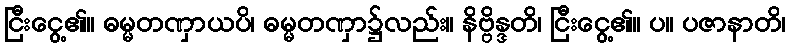
ငြီးငွေ့၏။ ဓမ္မတဏှာယပိ၊ ဓမ္မတဏှာ၌လည်း။ နိဗ္ဗိန္ဒတိ၊ ငြီးငွေ့၏။ ပ။ ပဇာနာတိ၊